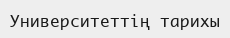
Университеттің тарихы